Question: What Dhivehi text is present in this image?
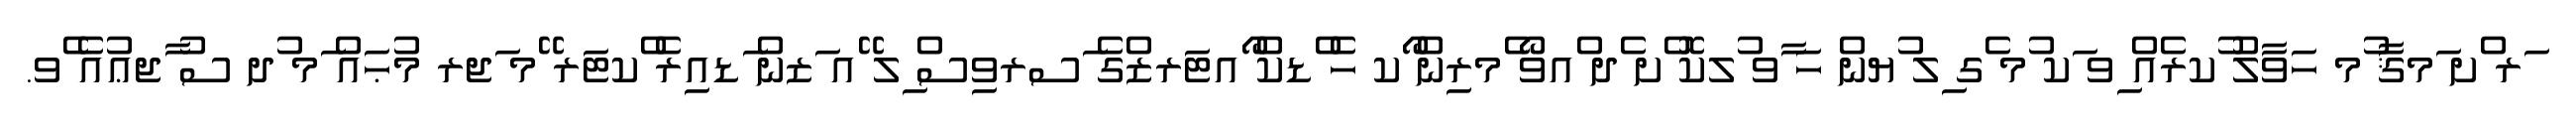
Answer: ަރ ްށ ަމޤާ ުމ ހަވާލު ުކރެއް ިވ ަކ ުމ ެގ ިލ ުޔން ހަ ާވ ުލކޮ ްށ ެދ ްއވޯ ެމރިން ޯކ ހެ ްޑކް ޯއޓަރޒްގެ ަސރވިސް ިލ ޭއ ަޒން ަޑއިރެ ްކޓަރ ޭމ ަޖރ މުޙައް ަމ ުދ ސު ާޖޢުއެ ެވ.